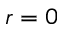
r = 0